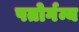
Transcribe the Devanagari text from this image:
पतोर्गन्य